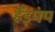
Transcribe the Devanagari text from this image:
हैंड़पंप